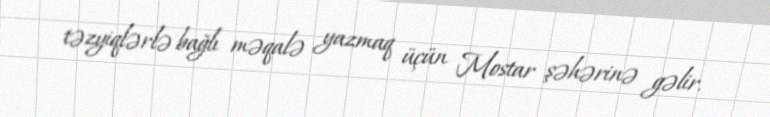
təzyiqlərlə bağlı məqalə yazmaq üçün Mostar şəhərinə gəlir.